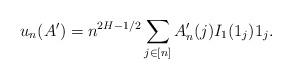
LaTeX: \begin{align*} u_n(A')= n^{2H-1/2} \sum_{j\in[n]} A'_n(j) I_1(1_j) 1_j.\end{align*}